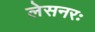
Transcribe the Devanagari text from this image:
लेसनरः